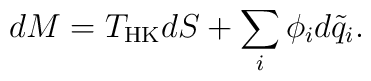
dM = T_{\rm HK}dS +\sum_i \phi_i d\tilde q_i.